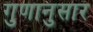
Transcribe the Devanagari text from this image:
गुणानुसार